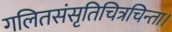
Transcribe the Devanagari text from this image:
गलितसंसृतिचित्रचिन्ता।